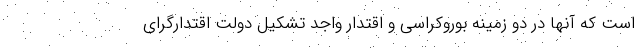
است که آنها در دو زمینه بوروکراسی و اقتدار واجد تشکیل دولت اقتدارگرای